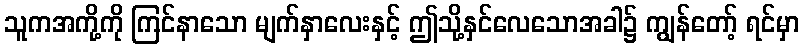
သူကအကို့ကို ကြင်နာသော မျက်နှာလေးနှင့် ဤသို့နှင်လေသောအခါ၌ ကျွန်တော့် ရင်မှာ